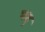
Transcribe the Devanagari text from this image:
फ्द्